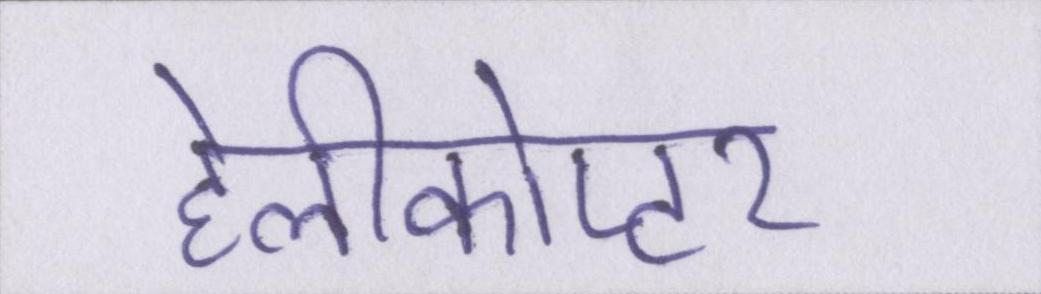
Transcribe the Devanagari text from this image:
हेलीकोप्टर